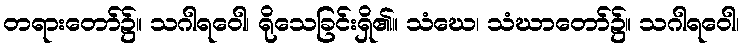
တရားတော်၌။ သဂါရဝေါ၊ ရိုသေခြင်းရှိ၏။ သံဃေ၊ သံဃာတော်၌။ သဂါရဝေါ၊